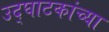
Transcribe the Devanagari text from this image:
उद्घाटकांच्या